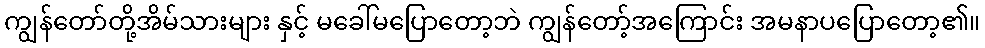
ကျွန်တော်တို့အိမ်သားများ နှင့် မခေါ်မပြောတော့ဘဲ ကျွန်တော့်အကြောင်း အမနာပပြောတော့၏။